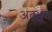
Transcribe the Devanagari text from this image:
अंतभूत